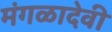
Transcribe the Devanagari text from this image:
मंगळादेवी